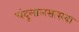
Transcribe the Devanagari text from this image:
चंदूलालसारखा